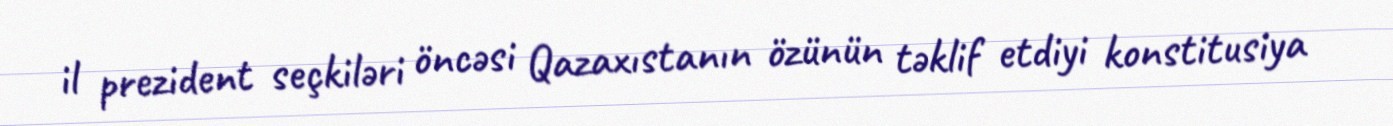
il prezident seçkiləri öncəsi Qazaxıstanın özünün təklif etdiyi konstitusiya